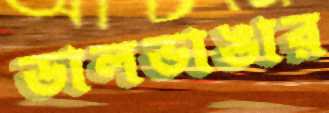
ডালভাঙার